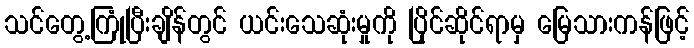
သင်တွေ့ကြုံပြီးချိန်တွင် ယင်းသေဆုံးမှုကို ပြိုင်ဆိုင်ရာမှ မြေသားကန်ဖြင့်